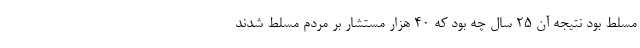
مسلط بود نتیجه آن ۲۵ سال چه بود که ۴۰ هزار مستشار بر مردم مسلط شدند